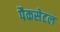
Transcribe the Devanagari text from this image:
पैकसेटल